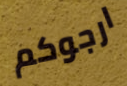
ارجوكم